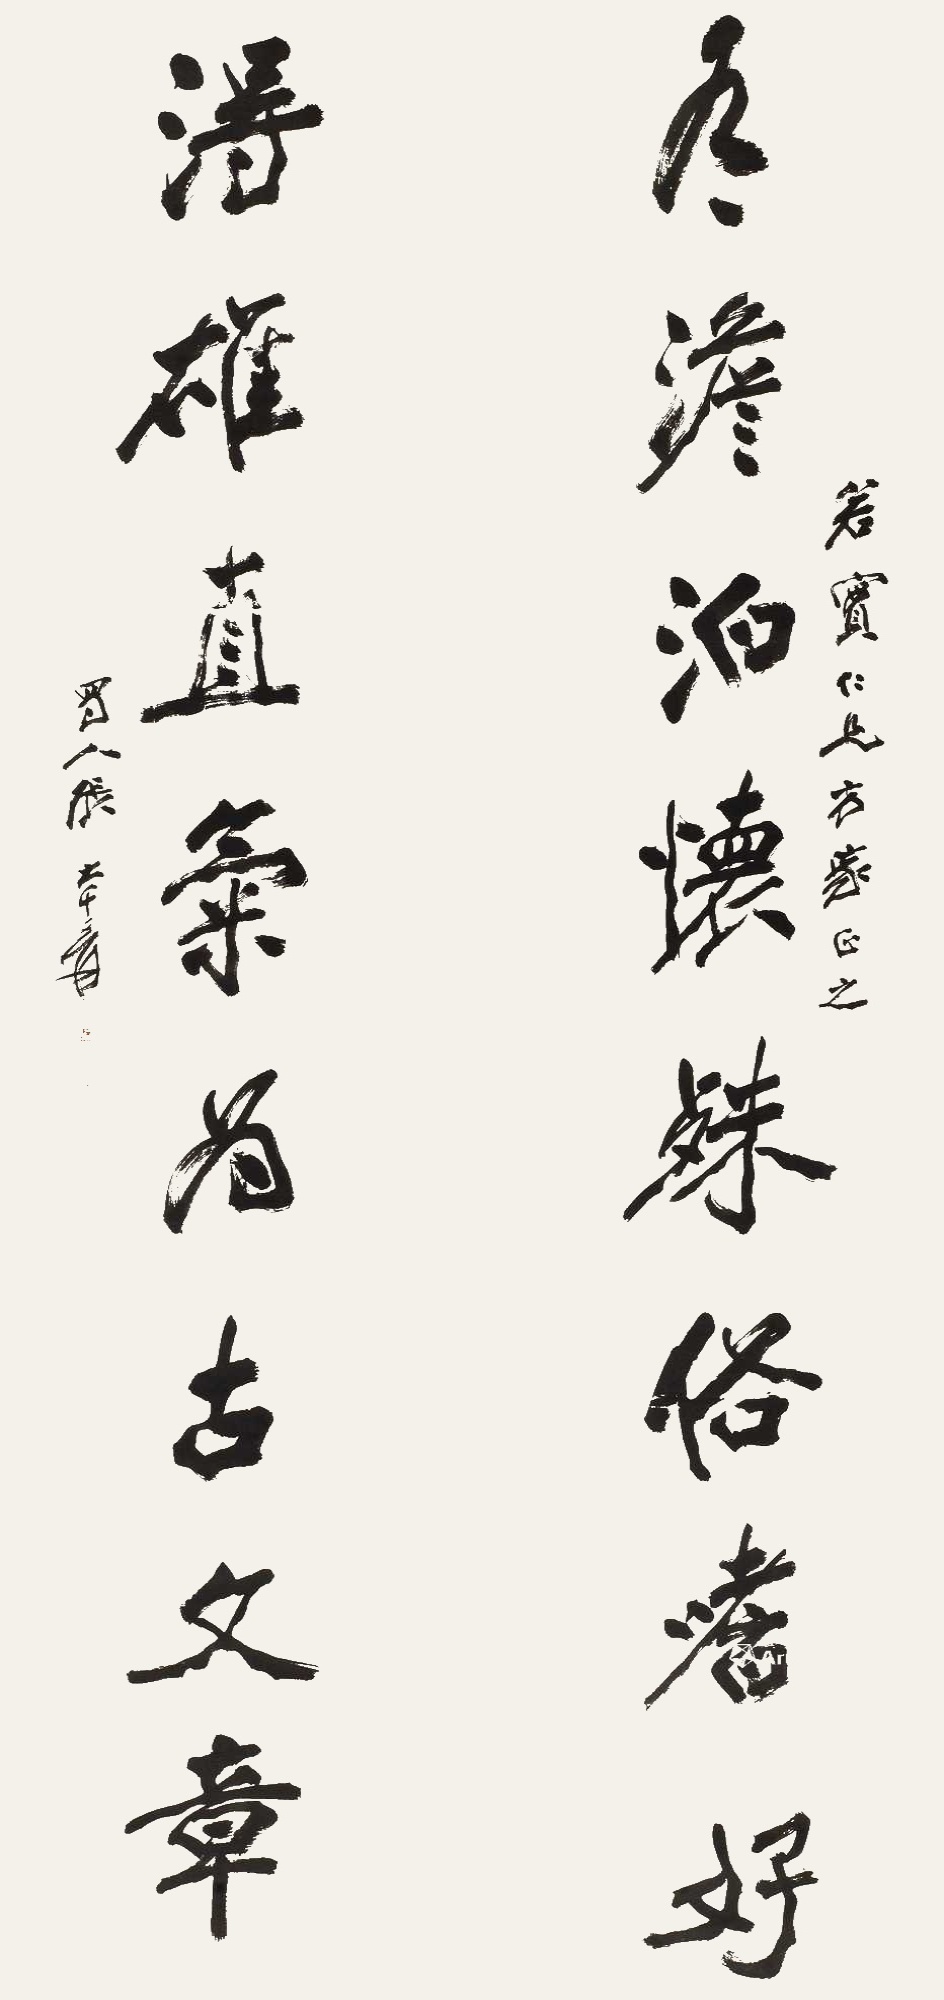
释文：有淡泊怀殊俗嗜好，得雄直气为古文章。若实仁兄方家正之，蜀人张大千爰。